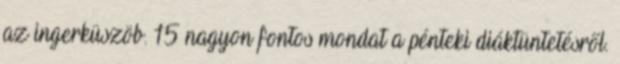
az ingerküszöb. 15 nagyon fontos mondat a pénteki diáktüntetésről.